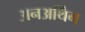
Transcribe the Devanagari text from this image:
अनअर्थिंग